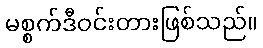
မစ္စက်ဒီဝင်းတားဖြစ်သည်။